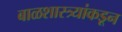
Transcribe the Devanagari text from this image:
बाळशास्त्र्यांकडून